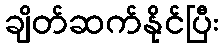
ချိတ်ဆက်နိုင်ပြီး